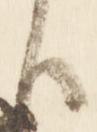
臣